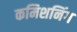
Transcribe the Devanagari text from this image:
कमिशनिंग